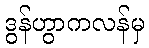
ဒွန်ဟွာကလန်မှ